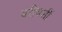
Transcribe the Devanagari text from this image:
बरीचशीं